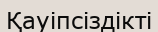
Қауіпсіздікті